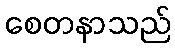
စေတနာသည်